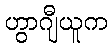
ဟွာဂျီယူက